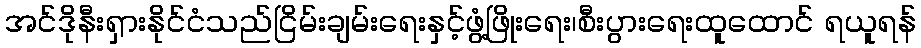
အင်ဒိုနီးရှားနိုင်ငံသည်ငြိမ်းချမ်းရေးနှင့်ဖွံ့ဖြိုးရေး၊စီးပွားရေးထူထောင် ရယူရန်